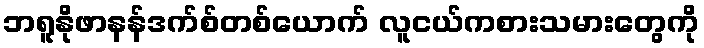
ဘရူနိုဖာနန်ဒက်စ်တစ်ယောက် လူငယ်ကစားသမားတွေကို